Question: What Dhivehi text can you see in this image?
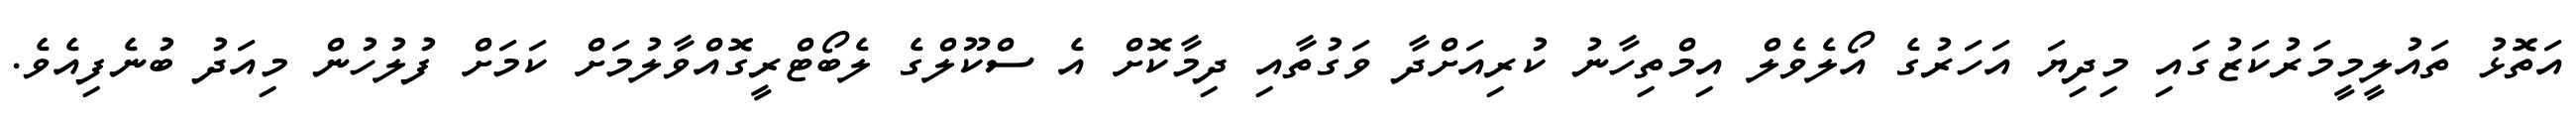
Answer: އަތޮޅު ތައުލީމީމަރުކަޒުގައި މިދިޔަ އަހަރުގެ އޯލެވެލް އިމްތިހާނު ކުރިއަށްދާ ވަގުތާއި ދިމާކޮށް އެ ސްކޫލްގެ ލެބޯޓްރީގޮއްވާލުމަށް ކަމަށް ފުލުހުން މިއަދު ބުނެފިއެވެ.